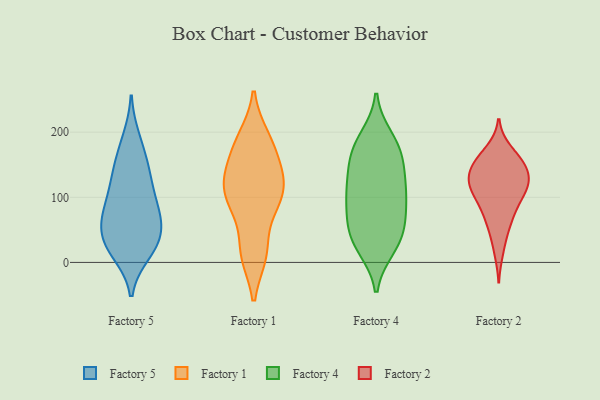
{"axis": {"x": "Temperature (°C)", "y": "Value"}, "legend": ["Factory 1", "Factory 2", "Factory 4", "Factory 5"], "data": [{"x": "", "y": 189, "type": "Factory 5"}, {"x": "", "y": 32, "type": "Factory 5"}, {"x": "", "y": 80, "type": "Factory 5"}, {"x": "", "y": 137, "type": "Factory 5"}, {"x": "", "y": 126, "type": "Factory 5"}, {"x": "", "y": 85, "type": "Factory 5"}, {"x": "", "y": 58, "type": "Factory 5"}, {"x": "", "y": 23, "type": "Factory 5"}, {"x": "", "y": 69, "type": "Factory 5"}, {"x": "", "y": 39, "type": "Factory 5"}, {"x": "", "y": 168, "type": "Factory 5"}, {"x": "", "y": 83, "type": "Factory 5"}, {"x": "", "y": 131, "type": "Factory 5"}, {"x": "", "y": 28, "type": "Factory 5"}, {"x": "", "y": 16, "type": "Factory 5"}, {"x": "", "y": 95, "type": "Factory 1"}, {"x": "", "y": 182, "type": "Factory 1"}, {"x": "", "y": 117, "type": "Factory 1"}, {"x": "", "y": 133, "type": "Factory 1"}, {"x": "", "y": 152, "type": "Factory 1"}, {"x": "", "y": 13, "type": "Factory 1"}, {"x": "", "y": 80, "type": "Factory 1"}, {"x": "", "y": 111, "type": "Factory 1"}, {"x": "", "y": 191, "type": "Factory 1"}, {"x": "", "y": 14, "type": "Factory 1"}, {"x": "", "y": 130, "type": "Factory 4"}, {"x": "", "y": 51, "type": "Factory 4"}, {"x": "", "y": 193, "type": "Factory 4"}, {"x": "", "y": 87, "type": "Factory 4"}, {"x": "", "y": 89, "type": "Factory 4"}, {"x": "", "y": 21, "type": "Factory 4"}, {"x": "", "y": 161, "type": "Factory 4"}, {"x": "", "y": 28, "type": "Factory 4"}, {"x": "", "y": 108, "type": "Factory 4"}, {"x": "", "y": 126, "type": "Factory 4"}, {"x": "", "y": 21, "type": "Factory 4"}, {"x": "", "y": 175, "type": "Factory 4"}, {"x": "", "y": 67, "type": "Factory 4"}, {"x": "", "y": 116, "type": "Factory 4"}, {"x": "", "y": 99, "type": "Factory 4"}, {"x": "", "y": 53, "type": "Factory 4"}, {"x": "", "y": 189, "type": "Factory 4"}, {"x": "", "y": 155, "type": "Factory 4"}, {"x": "", "y": 47, "type": "Factory 4"}, {"x": "", "y": 166, "type": "Factory 4"}, {"x": "", "y": 105, "type": "Factory 2"}, {"x": "", "y": 165, "type": "Factory 2"}, {"x": "", "y": 122, "type": "Factory 2"}, {"x": "", "y": 129, "type": "Factory 2"}, {"x": "", "y": 141, "type": "Factory 2"}, {"x": "", "y": 17, "type": "Factory 2"}, {"x": "", "y": 102, "type": "Factory 2"}, {"x": "", "y": 123, "type": "Factory 2"}, {"x": "", "y": 153, "type": "Factory 2"}, {"x": "", "y": 150, "type": "Factory 2"}, {"x": "", "y": 66, "type": "Factory 2"}, {"x": "", "y": 172, "type": "Factory 2"}, {"x": "", "y": 118, "type": "Factory 2"}, {"x": "", "y": 115, "type": "Factory 2"}, {"x": "", "y": 45, "type": "Factory 2"}, {"x": "", "y": 77, "type": "Factory 2"}, {"x": "", "y": 71, "type": "Factory 2"}, {"x": "", "y": 104, "type": "Factory 2"}, {"x": "", "y": 142, "type": "Factory 2"}, {"x": "", "y": 154, "type": "Factory 2"}]}